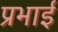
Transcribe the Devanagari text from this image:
प्रभाई